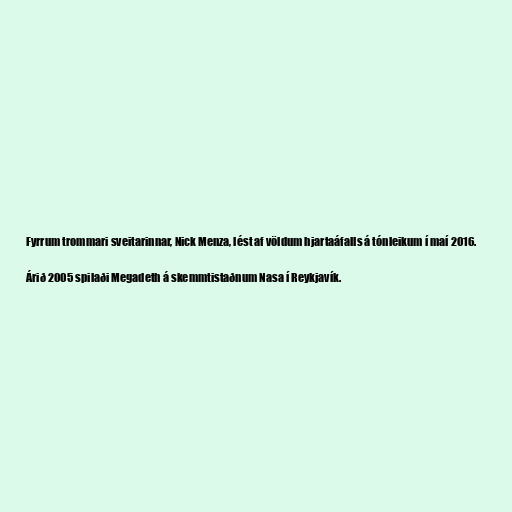
Fyrrum trommari sveitarinnar, Nick Menza, lést af völdum hjartaáfalls á tónleikum í maí 2016.

Árið 2005 spilaði Megadeth á skemmtistaðnum Nasa í Reykjavík.